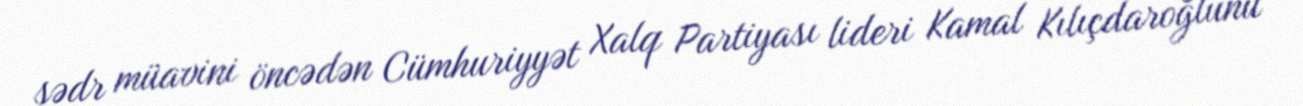
sədr müavini öncədən Cümhuriyyət Xalq Partiyası lideri Kamal Kılıçdaroğlunu